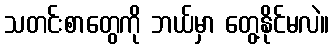
သတင်းစာတွေကို ဘယ်မှာ တွေ့နိုင်မလဲ။